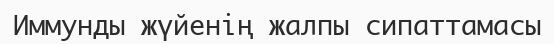
Иммунды жүйенің жалпы сипаттамасы